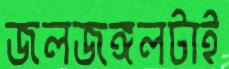
জলজঙ্গলটাই